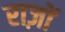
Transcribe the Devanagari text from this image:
राज़ों